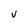
Character: v